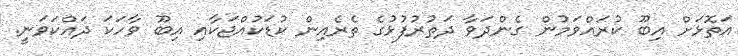
އަތޮޅަށް އިބޫ ކުރައްވަމުން ގެންދަވާ ދަތުރުފުޅުގެ ތެރެއިން ކުޑަކުއްޖަކާއި އިބޫ ވާހަކަ ދައްކަވަނީ.